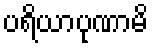
ပရိယာပုဏာမိ